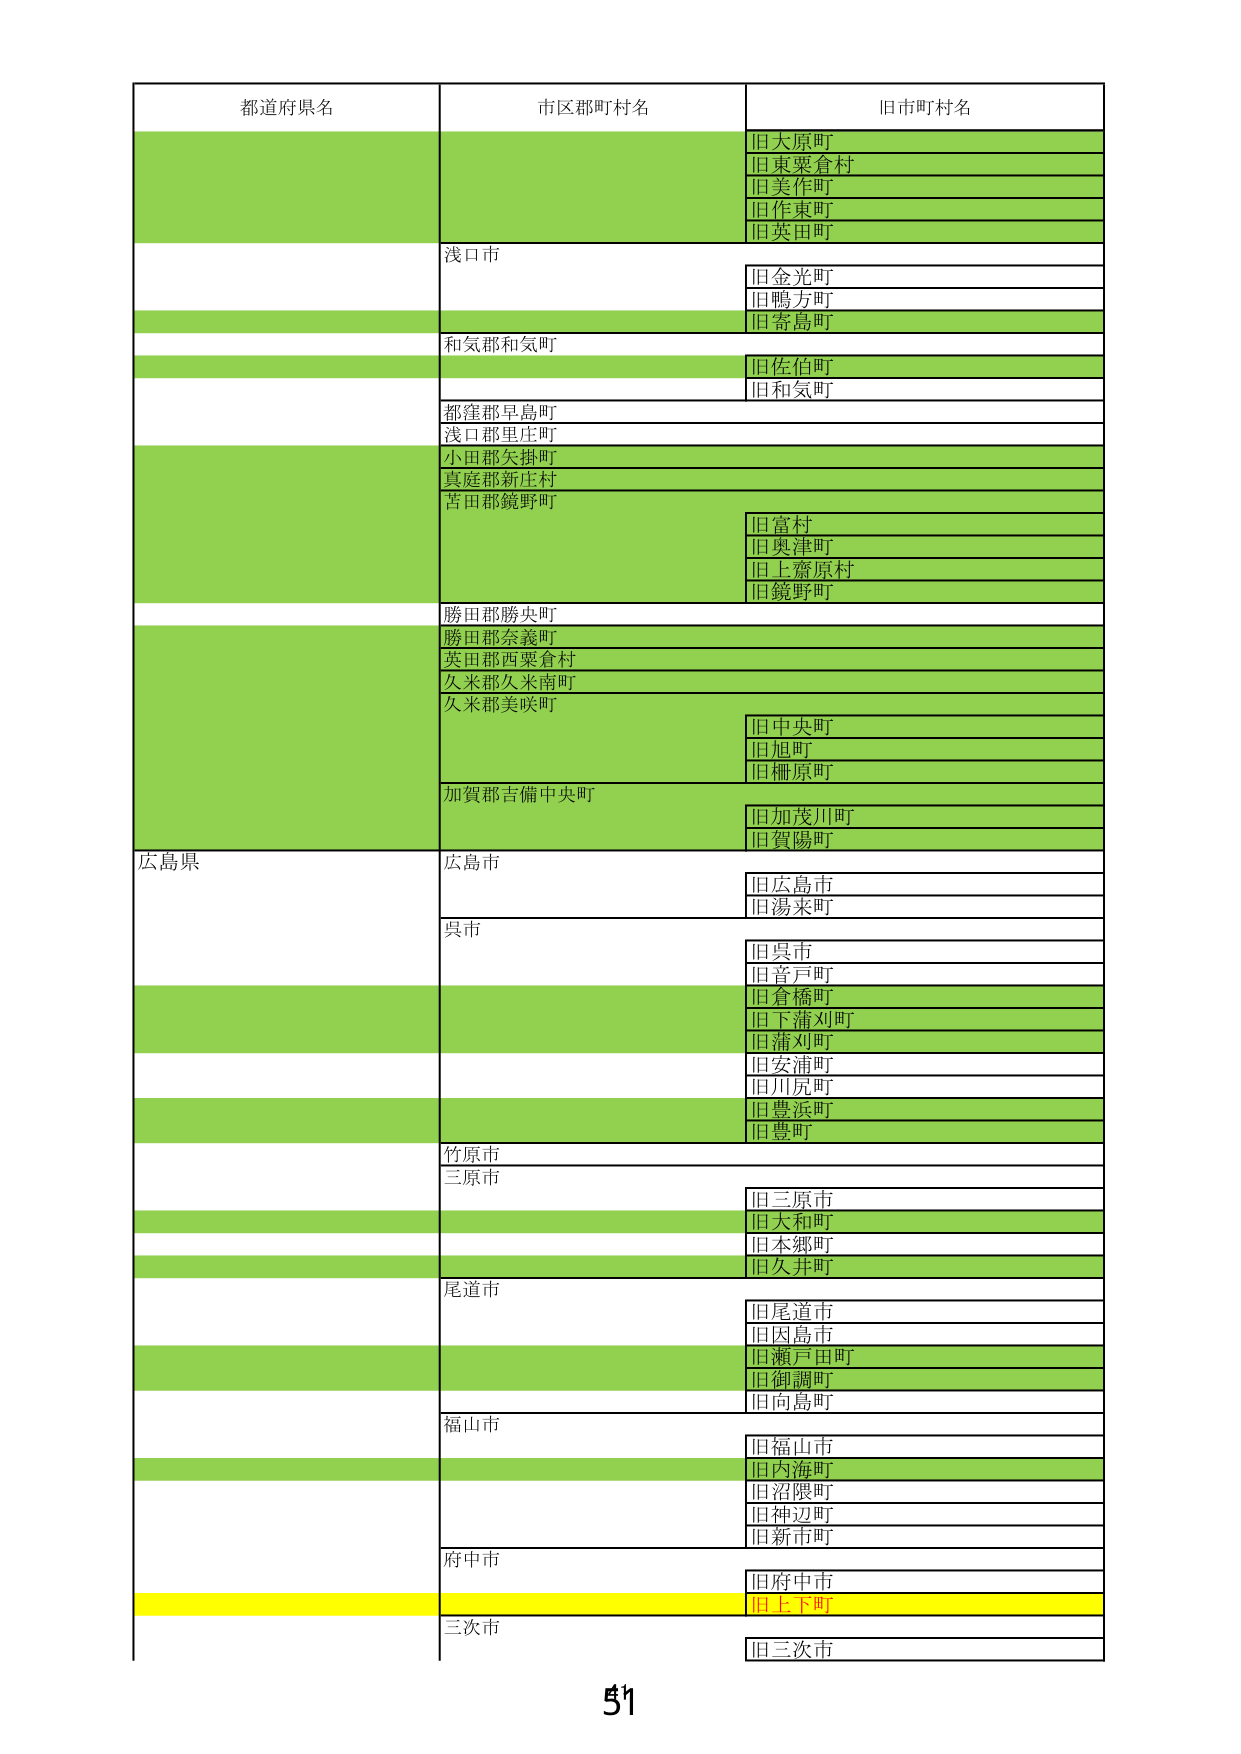
都道府県名
市区郡町村名
旧市町村名
旧大原町
旧東粟倉村
旧美作町
旧作東町
旧英田町
浅口市
旧金光町
旧鴨方町
旧寄島町
和気郡和気町
旧佐伯町
旧和気町
都窪郡早島町
浅口郡里庄町
小田郡矢掛町
真庭郡新庄村
苫田郡鏡野町
旧富村
旧奥津町
旧上齋原村
旧鏡野町
勝田郡勝央町
勝田郡奈義町
英田郡西粟倉村
久米郡久米南町
久米郡美咲町
旧中央町
旧旭町
旧柵原町
加賀郡吉備中央町
旧加茂川町
旧賀陽町
広島県
広島市
旧広島市
旧湯来町
呉市
旧呉市
旧音戸町
旧倉橋町
旧下蒲刈町
旧蒲刈町
旧安浦町
旧川尻町
旧豊浜町
旧豊町
竹原市
三原市
旧三原市
旧大和町
旧本郷町
旧久井町
尾道市
旧尾道市
旧因島市
旧瀬戸田町
旧御調町
旧向島町
福山市
旧福山市
旧内海町
旧沼隈町
旧神辺町
旧新市町
府中市
旧府中市
旧上下町
三次市
旧三次市
51